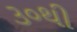
૩૦થી